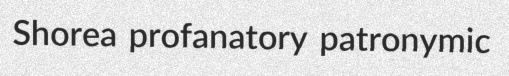
Shorea profanatory patronymic